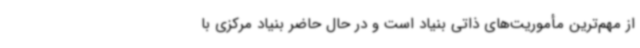
از مهم‌ترین مأموریت‌های ذاتی بنیاد است و در حال حاضر بنیاد مرکزی با